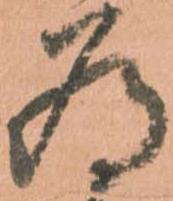
為